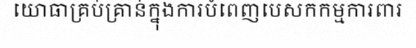
យោធាគ្រប់គ្រាន់ក្នុងការបំពេញបេសកកម្មការពារ